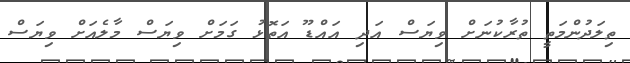
ތިލަދުންމަތީ ތުރާކުނަށް ވިޔަސް އަދި އައްޑޫ އަތޮޅު ގަމަށް ވިޔަސް މާލެއަށް ވިޔަސް